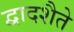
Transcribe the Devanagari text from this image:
द्वादशैते